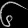
Digit: ၆